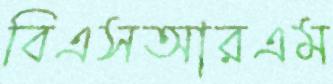
বিএসআরএম